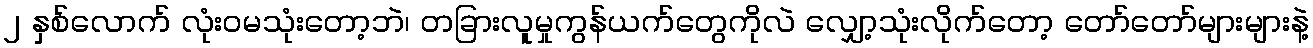
၂ နှစ်လောက် လုံးဝမသုံးတော့ဘဲ၊ တခြားလူမှုကွန်ယက်တွေကိုလဲ လျှော့သုံးလိုက်တော့ တော်တော်များများနဲ့